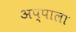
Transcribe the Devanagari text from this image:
अप्पाला